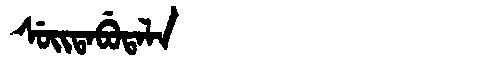
Manchu: ᠰᡠᡳᡨᠠᠪᡠᡨᠠᠯᠠ
Romanization: SUITABUTALA